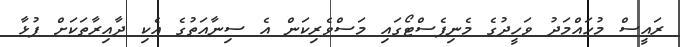
ރައީސް މުހައްމަދު ވަހީދުގެ މެނިފެސްޓޯގައި މަސްވެރިކަން އެ ސިނާއަތުގެ އެކި ދާއިރާތަކަށް ފުޅާ